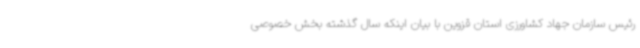
رئیس سازمان جهاد کشاورزی استان قزوین با بیان اینکه سال گذشته بخش خصوصی